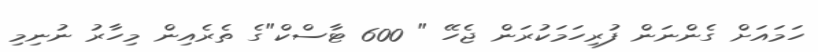
ހަމައަށް ގެންނަން ފުރިހަމަކުރަން ޖެހޭ " 600 ޓާސްކް"ގެ ތެރެއިން މިހާރު ނުނިމި